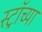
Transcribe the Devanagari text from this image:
स्ट्रॉच्या